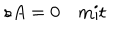
LaTeX: s A = 0 \quad \mathrm { m i t } \quad